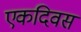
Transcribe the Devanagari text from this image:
एकदिवस